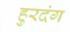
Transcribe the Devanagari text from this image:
हुरदंग